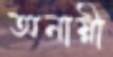
অনাম্নী